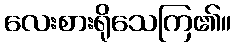
လေးစားရိုသေကြ၏။